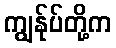
ကျွန်ုပ်တို့က